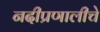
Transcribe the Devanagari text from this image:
नदीप्रणालीचे